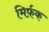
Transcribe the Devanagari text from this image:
मिर्फ़क